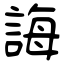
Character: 誨